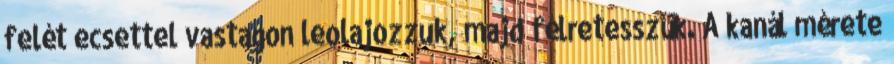
felét ecsettel vastagon leolajozzuk, majd félretesszük. A kanál mérete